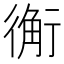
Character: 䚘